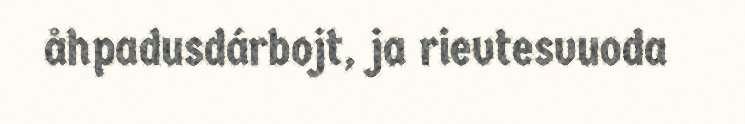
åhpadusdárbojt, ja rievtesvuoda